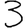
Digit: 3